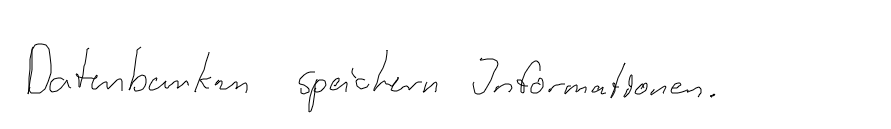
Datenbanken speichern Informationen.